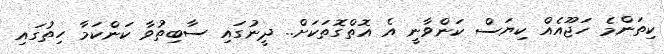
ކިތަންމެ ހަޖޫއެއް ކިޔަސް ކަންވާނީ އެ އޮތްގޮތަކަށް.. ދީނުގައި ސާބިތުވާ ކަންކަމާ ހިތުގައި